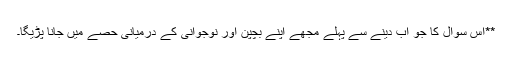
**اس سوال کا جو اب دینے سے پہلے مجھے اپنے بچپن اور نوجوانی کے درمیانی حصے میں جانا پڑیگا۔